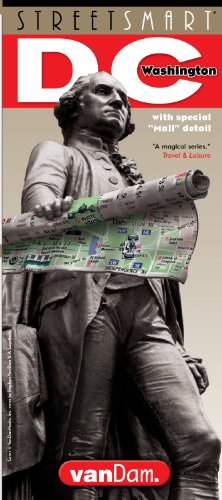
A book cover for StreetSmart Washington DC; Stephan Van Dam; Travel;